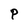
Character: P